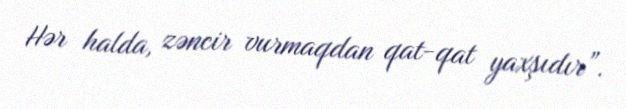
Hər halda, zəncir vurmaqdan qat-qat yaxşıdır”.